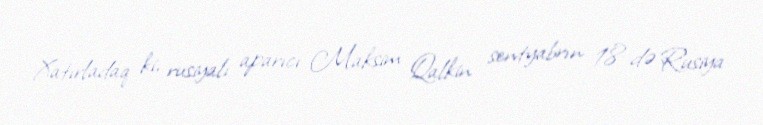
Xatırladaq ki, rusiyalı aparıcı Maksim Qalkin sentyabrın 18-də Rusiya